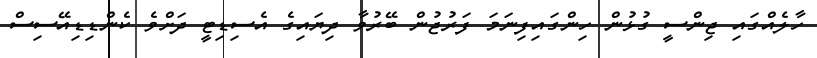
ހާލެއްގައި ޖިންސީ ގުޅުން ހިންގައިފިނަމަ ފަރުޖުން ބޭރުވާ ދިޔައިގެ އެސިޑިޓީ ދަށްވެ ކެންޑިޑިއޭސިސް